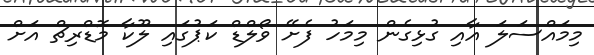
މިމައްސަލަ އާއި ގުޅިގެން މިމަހު ފެށޭ ވޯލްޑް ކަޕުގައި ލޫކާ މޮޑްރިޗް އަށް